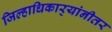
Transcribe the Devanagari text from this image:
जिल्हाधिकार्‍यांनीतर